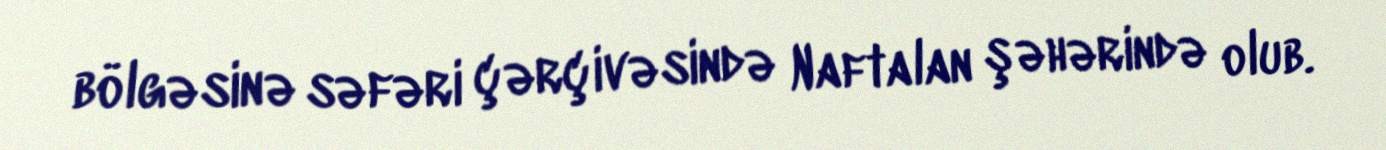
bölgəsinə səfəri çərçivəsində Naftalan şəhərində olub.